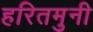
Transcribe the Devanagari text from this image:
हरितमुनी